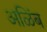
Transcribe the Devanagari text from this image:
अळिंब